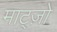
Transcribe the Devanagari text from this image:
माट्ज़ो